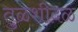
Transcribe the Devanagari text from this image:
तुळशीदळ